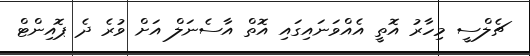
ޗެލްސީ މިހާރު އޮތީ އެއްވަނައިގައި އޮތް އާސެނަލް އަށް ވުރެ ދެ ޕޮއިންޓް